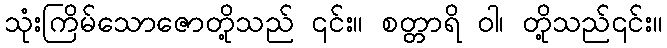
သုံးကြိမ်သောဇောတို့သည် ၎င်း။ စတ္တာရိ ဝါ၊ တို့သည်၎င်း။